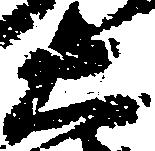
右